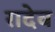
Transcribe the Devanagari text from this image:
रादेव